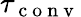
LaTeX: \tau_{\mathrm{~c~o~n~v~}}